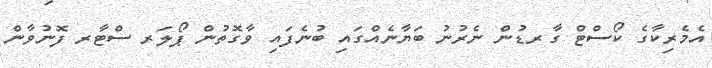
އެމެރިކާގެ ކޯސްޓް ގާރޑުން ނެރުނު ބަޔާނެއްގައި ބުނެފައި ވާގޮތުން ޕޯލަރ ސްޓާރ ފޮނުވާން